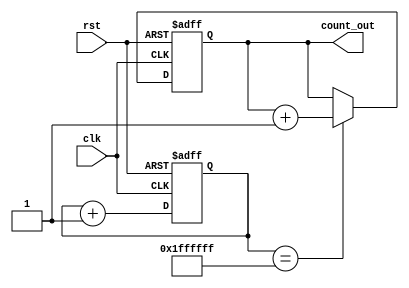
// Design Name: module_count
// Purpose: Partial Reconfiguration Tutorial
///////////////////////////////////////////////////////////////////////////////
// Reconfigurable Module: module_count
// Binary count up visable on 4 LEDs

module count (
   rst,
   clk,
   count_out
);

   input rst;                // Active high reset
   input clk;                // 200MHz input clock
   output [3:0] count_out;   // Output to LEDs

   reg [24:0] count;
   reg [3:0]  count_out;
   reg [3:0]  count_en = 4'b0101;  // Special init register to test REST_AFTER_RECONFIG(aka GSR)

   //Counter to reduce speed of output
   always @(posedge clk or negedge rst)
      if (!rst) begin
         count <= 0;
      end
      else begin
         count <= count + 1;
      end

    always @(posedge clk or negedge rst)
      if (!rst)
         count_out <= 4'b0000;
      else begin
         if (count == 25'b1111111111111111111111111 && count_en == 4'b0101) begin
            count_out <= count_out + 1;
         end
      end
endmodule